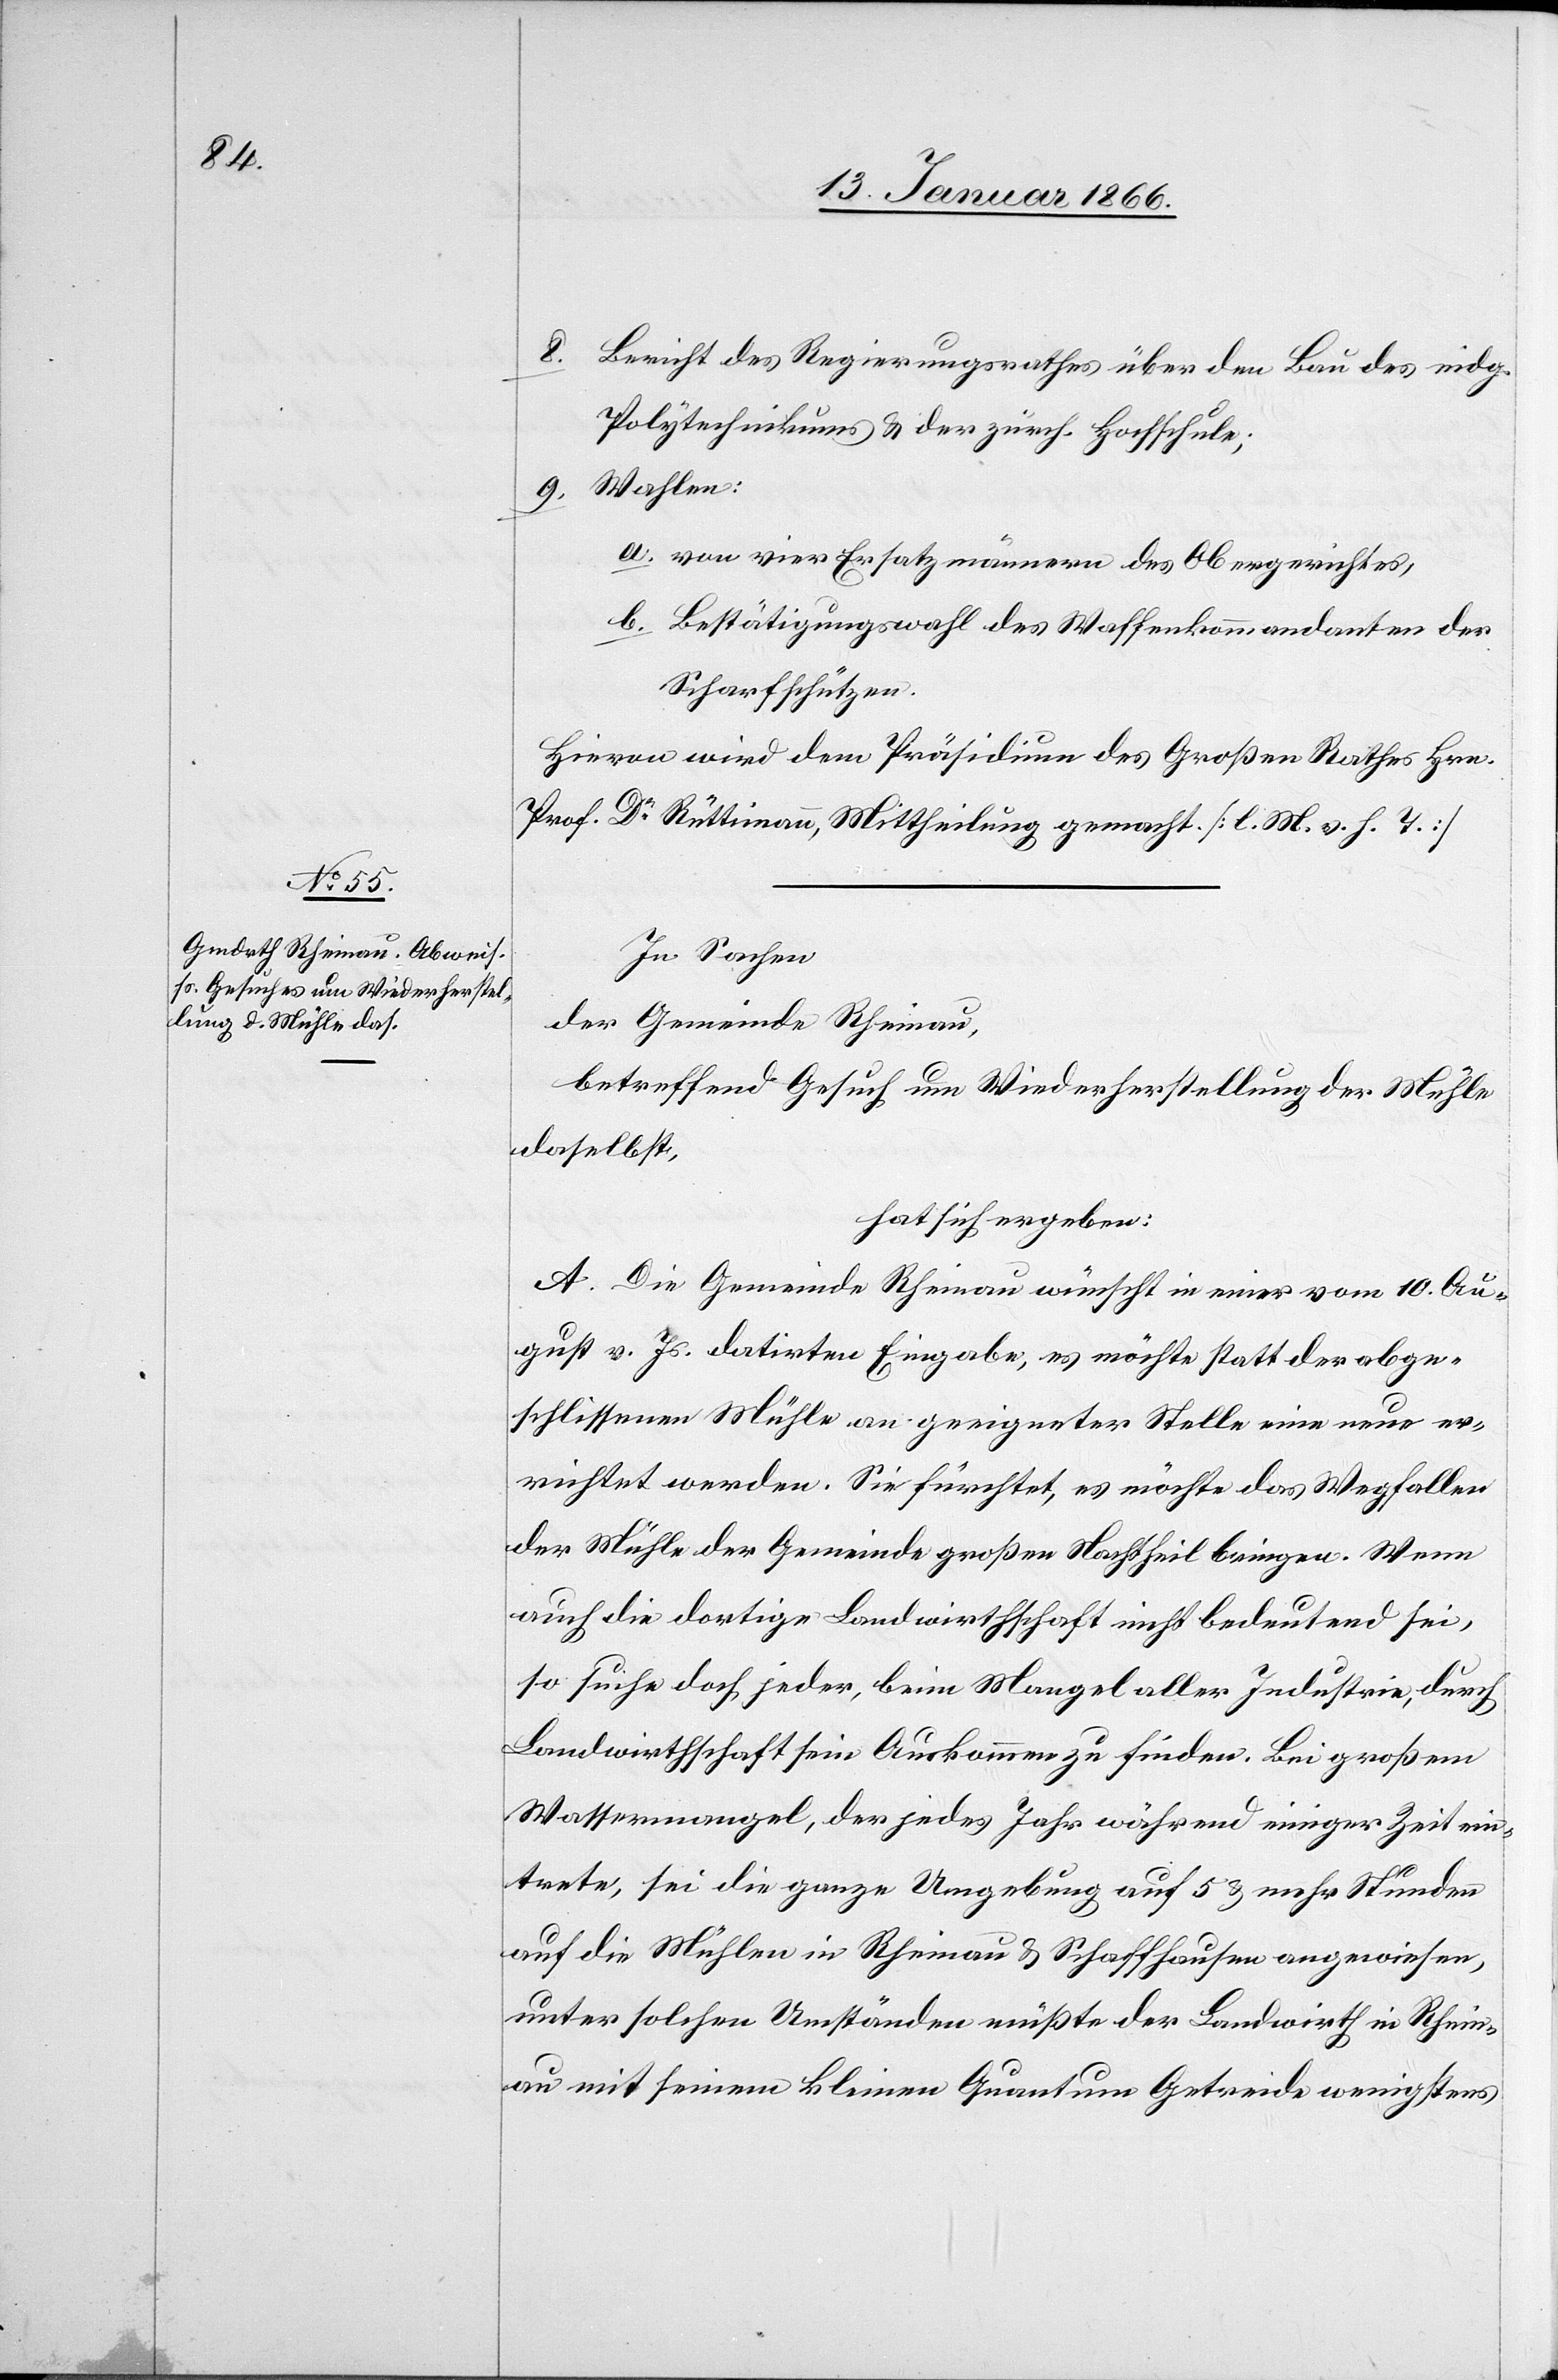
8. Bericht des Regierungsrathes über den Bau des eidg.
Polytechnikums u. der zürch. Hochschule;
Wahlen:
9.
a. von vier Ersatzmännern des Obergerichtes,
b. Bestätigungswahl des Waffenkommandanten der
Scharfschützen.
Hievon wird dem Präsidium des Großen Rathes Hrn.
Prof. Dr. Rüttimann, Mittheilung gemacht. [l. M. v. h. T.]
In Sachen
der Gemeinde Rheinau,
betreffend Gesuch um Wiederherstellung der Mühle
daselbst,
hat sich ergeben:
A. Die Gemeinde Rheinau wünscht in einer vom 10. Au¬
gust v. Js. datirten Eingabe, es möchte statt der abge¬
schlissenen Mühle an geeigneter Stelle eine neue er¬
richtet werden. Sie fürchtet, es möchte das Wegfallen
der Mühle der Gemeinde großen Nachtheil bringen. Wenn
auch die dortige Landwirthschaft nicht bedeutend sei,
so suche doch jeder, beim Mangel aller Industrie, durch
Landwirthschaft sein Auskommen zu finden. Bei großem
Wassermangel, der jedes Jahr während einiger Zeit ein¬
trete, sei die ganze Umgebung auf 5 u. mehr Stunden
auf die Mühlen in Rheinau u. Schaffhausen angewiesen,
unter solchen Umständen müßte der Landwirth in Rhein¬
au mit seinem kleinen Quantum Getreide wenigstens